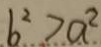
b ^ { 2 } > a ^ { 2 }